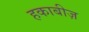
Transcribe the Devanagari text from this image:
हकाबीज़